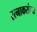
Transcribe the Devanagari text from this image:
रत्नाकरांच्या